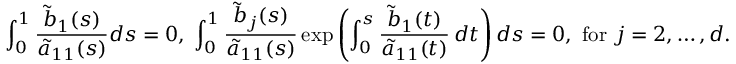
\int _ { 0 } ^ { 1 } \frac { \widetilde b _ { 1 } ( s ) } { \widetilde a _ { 1 1 } ( s ) } d s = 0 , \; \int _ { 0 } ^ { 1 } \frac { \widetilde b _ { j } ( s ) } { \widetilde a _ { 1 1 } ( s ) } \exp \left( \int _ { 0 } ^ { s } \frac { \widetilde b _ { 1 } ( t ) } { \widetilde a _ { 1 1 } ( t ) } \, d t \right) d s = 0 , \mathrm { ~ f o r ~ } j = 2 , \dots , d .